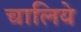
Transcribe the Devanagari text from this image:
चालिये